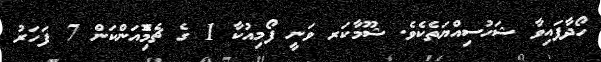
ހޯދާފައިވާ ޝަހުސިއްޔަތެކެވެ. ޝޫމާކަރ ވަނީ ފޯމިއުކާ 1 ގެ ޗެމްޮިއަންކަން 7 ފަހަރު